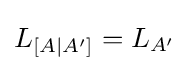
L_{[A\mid A']}=L_{A'}